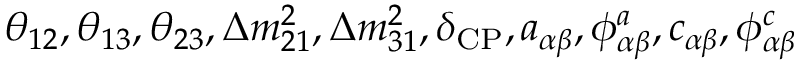
\theta _ { 1 2 } , \theta _ { 1 3 } , \theta _ { 2 3 } , \Delta { m } _ { 2 1 } ^ { 2 } , \Delta { m } _ { 3 1 } ^ { 2 } , \delta _ { \mathrm { C P } } , a _ { \alpha \beta } , \phi _ { \alpha \beta } ^ { a } , c _ { \alpha \beta } , \phi _ { \alpha \beta } ^ { c }